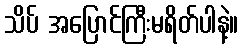
သိပ် အပြောင်ကြီးမရိတ်ပါနဲ့။